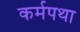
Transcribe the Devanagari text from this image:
कर्मपथा